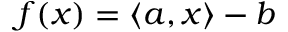
f ( x ) = \left\langle a , x \right\rangle - b